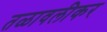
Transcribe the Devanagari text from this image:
तळावलीकर